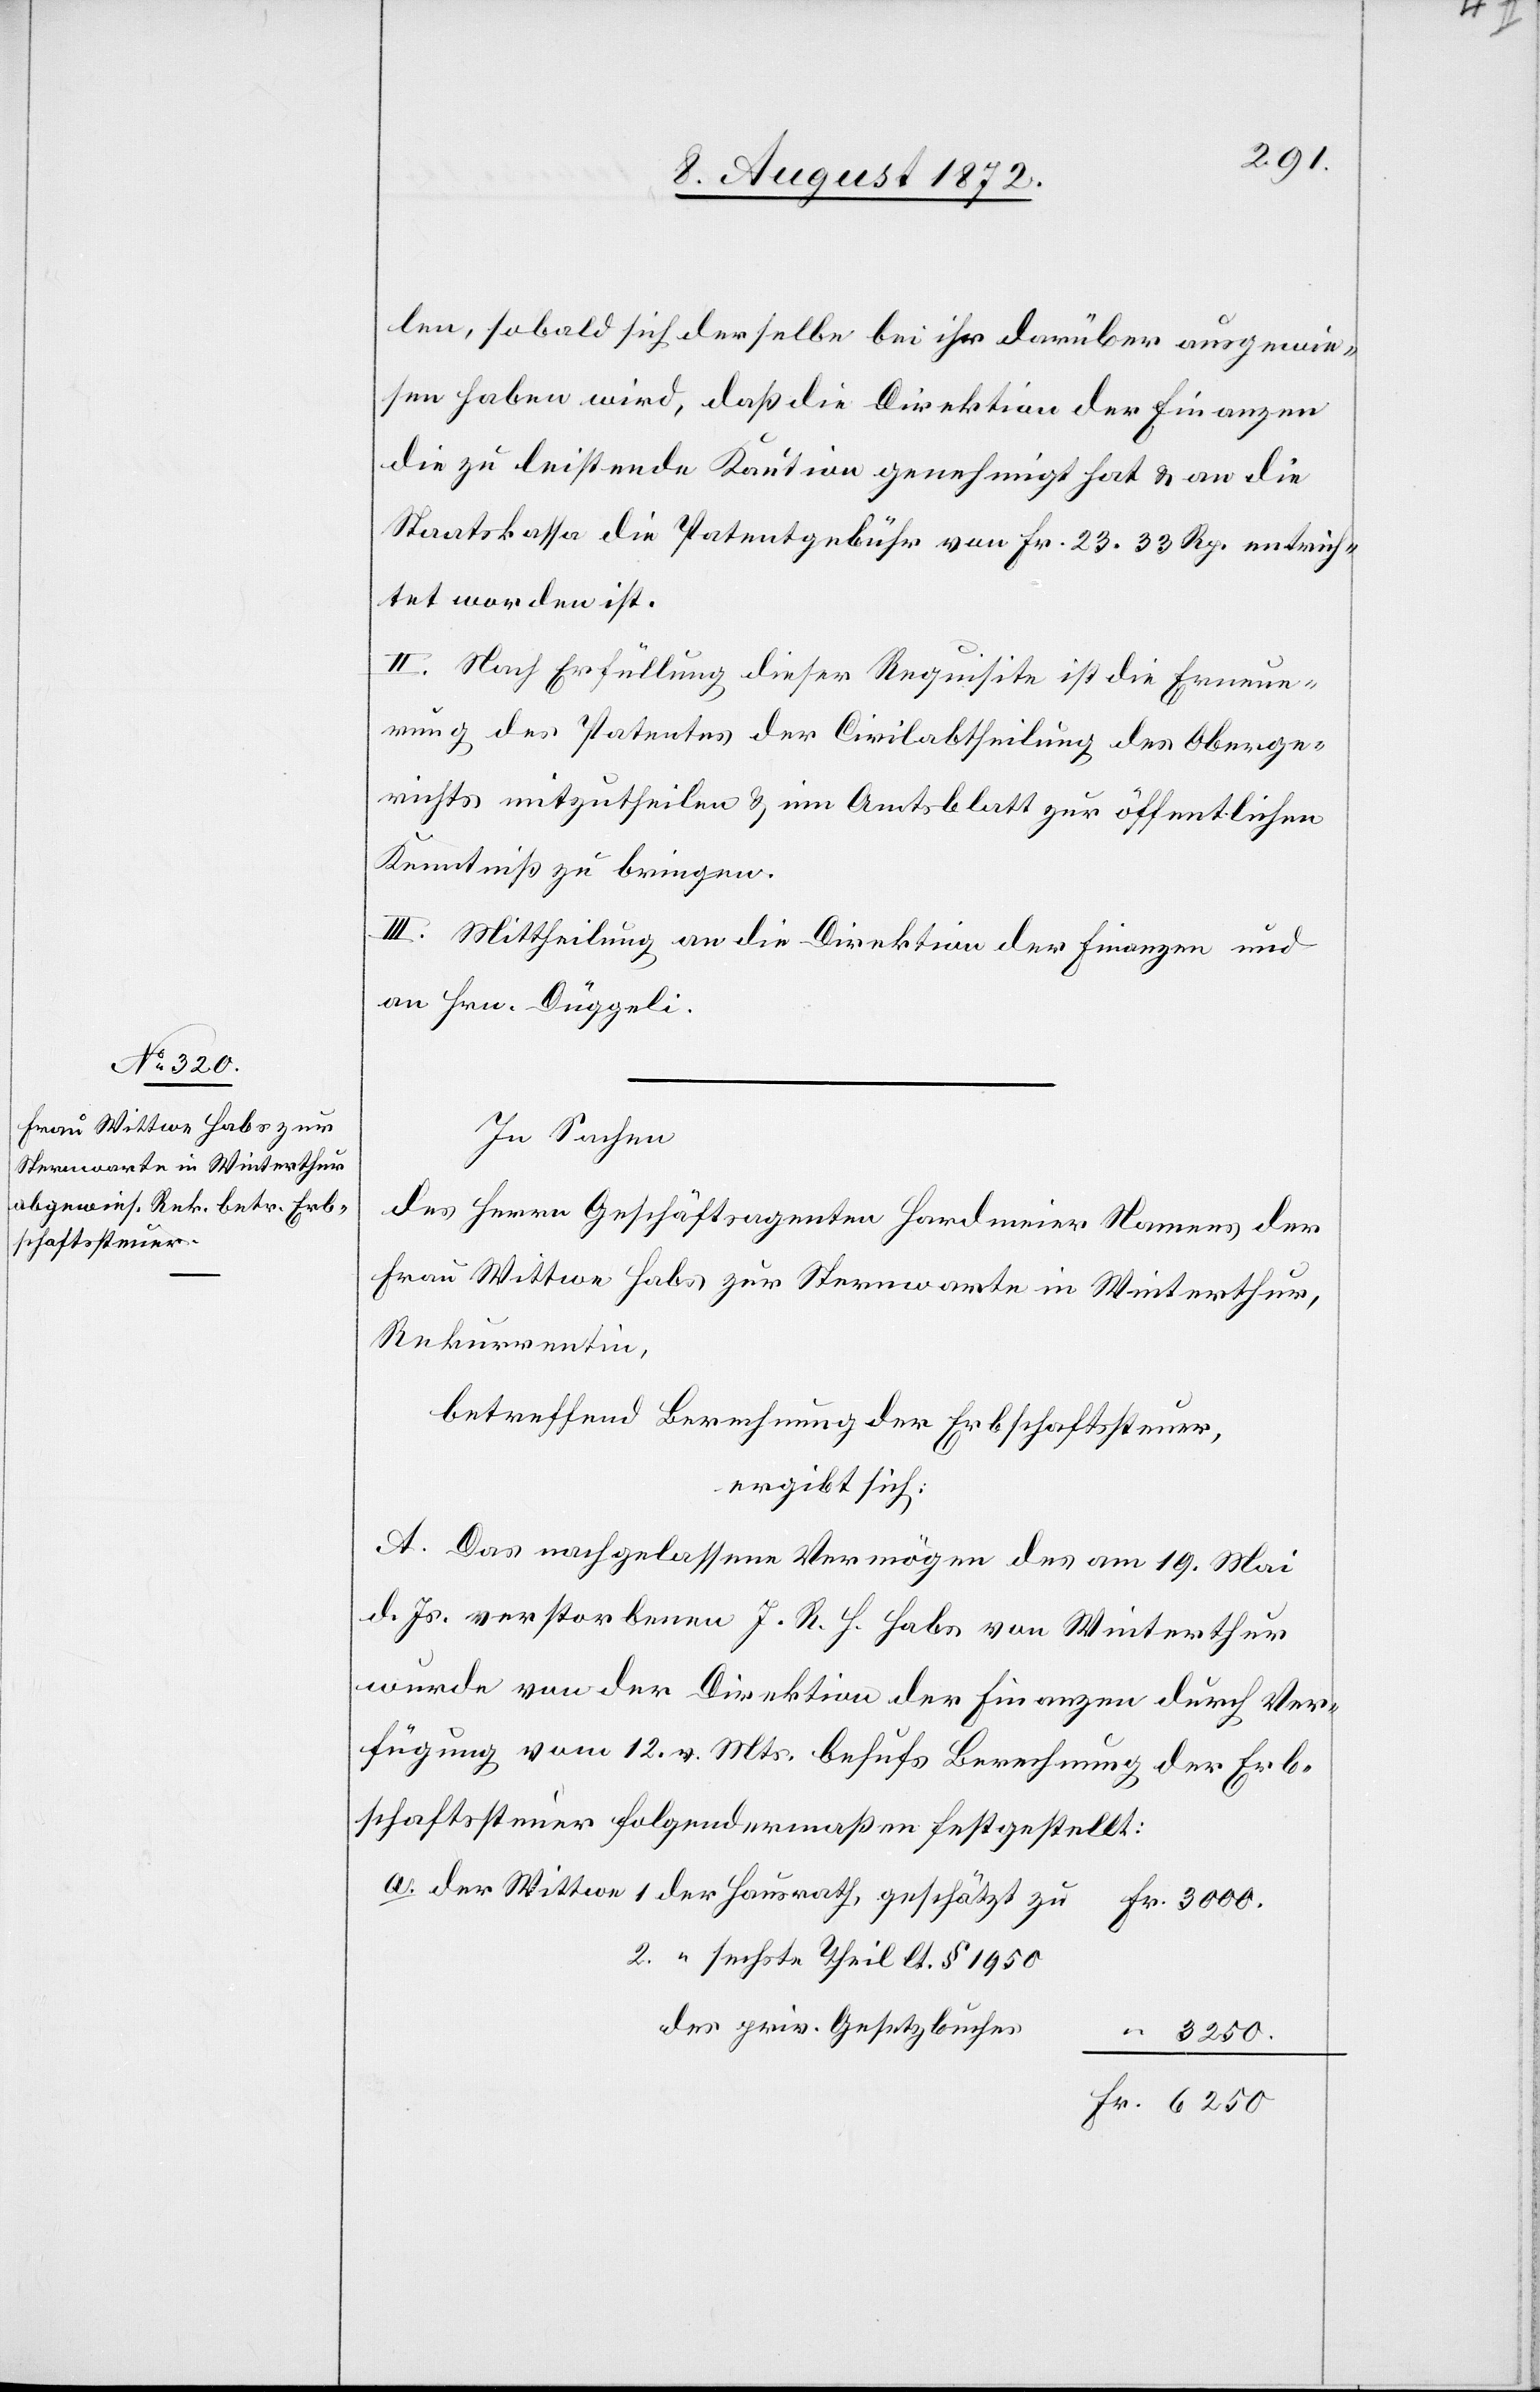
len, sobald sich derselbe bei ihr darüber ausgewie¬
sen haben wird, daß die Direktion der Finanzen
die zu leistende Kaution genehmigt hat u. an die
Staatskassa die Patentgebühr von Fr. 23 33 Rp. entrich¬
tet worden ist.
II. Nach Erfüllung dieser Requisite ist die Erneue¬
rung des Patentes der Civilabtheilung des Oberge¬
richts mitzutheilen u. im Amtsblatt zur öffentlichen
Kenntniß zu bringen.
III. Mittheilung an die Direktion der Finanzen und
an Hrn. Düggeli.
In Sachen
des Herrn Geschäftsagenten Hardmeier Namens der
Frau Wittwe Habs zur Sternwarte in Winterthur
Rekurrentin,
betreffend Berechnung der Erbschaftssteuer,
ergibt sich:
A. Das nachgelassene Vermögen des am 19. Mai
d. Js. verstorbenen J. R. H. Habs von Winterthur
wurde von der Direktion der Finanzen durch Ver¬
fügung vom 12. v. Mts. behufs Berechnung der Erb¬
schaftssteuer folgendermaßen festgestellt:
2. “ sechste Theil lt. § 1950
des priv. Gesetzbuches
“ 3250.
Fr. 6250